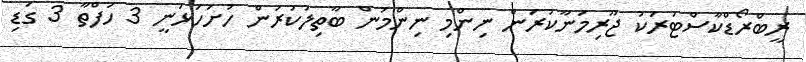
ރީބްރޯޑްކާސްޓަރަކު ޖޫރިމަނާކުރަން ނިންމި ނިންމުން ބާތިލުކުރަން ހުށަހަޅަނީ 3 ހަފްތާ 3 ގަޑި